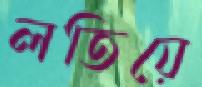
লতিয়ে